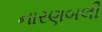
નારણબલી